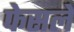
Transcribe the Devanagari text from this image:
फेसले